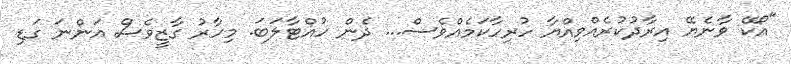
"އޯކޭ ވާނެޔޭ އިރާދުކުރެއްވިއްޔާ ހުރިހާކަމެއްވެސް... ދެން ހުއްޓާލަބަ. މިހާރު ގާޒީވެސް އަންނަ ގަޑި